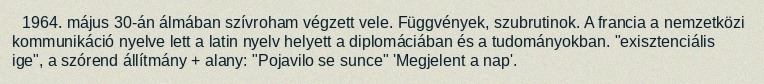
1964. május 30-án álmában szívroham végzett vele. Függvények, szubrutinok. A francia a nemzetközi kommunikáció nyelve lett a latin nyelv helyett a diplomáciában és a tudományokban. "exisztenciális ige", a szórend állítmány + alany: "Pojavilo se sunce" 'Megjelent a nap'.